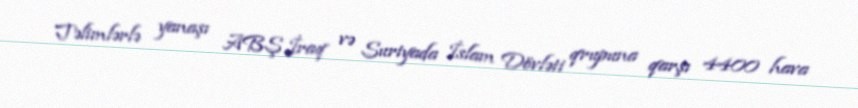
Təlimlərlə yanaşı ABŞ İraq və Suriyada İslam Dövləti qrupuna qarşı 4400 hava